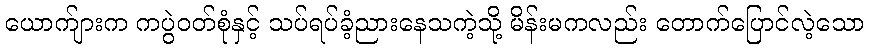
ယောက်ျားက ကပွဲဝတ်စုံနှင့် သပ်ရပ်ခံ့ညားနေသကဲ့သို့ မိန်းမကလည်း တောက်ပြောင်လဲ့သော